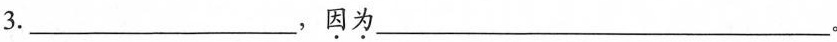
3.___，因为___。